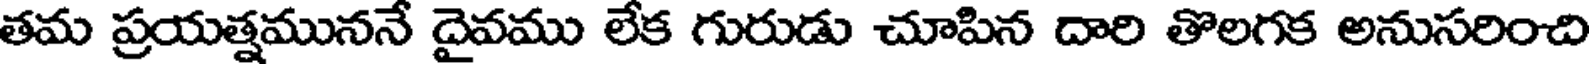
తమ ప్రయత్నముననే దైవము లేక గురుడు చూపిన దారి తొలగక అనుసరించి